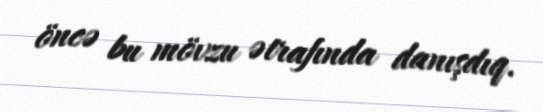
öncə bu mövzu ətrafında danışdıq.